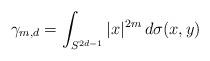
LaTeX: \begin{align*} \gamma_{m,d} = \int_{S^{2d-1}} |x|^{2m}\,d\sigma(x,y) \end{align*}